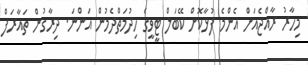
މިހާރު ރާއްޖެއަށް އެންމެ ފުޅާކޮށް ކޭބަލް ޓީވީގެ ހިދުމަތްދެމުން އަންނަ. ދިރާގުން ތައާރަފް